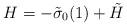
LaTeX: \begin{align*} H = -\tilde \sigma_0(1) + \tilde H\end{align*}